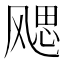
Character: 飔